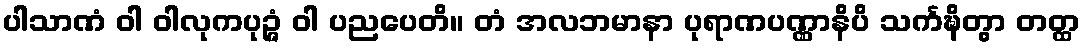
ပါသာဏံ ဝါ ဝါလုကပုဉ္ဇံ ဝါ ပညပေတိ။ တံ အလဘမာနာ ပုရာဏပဏ္ဏာနိပိ သင်္ကဍ္ဎိတွာ တတ္ထ